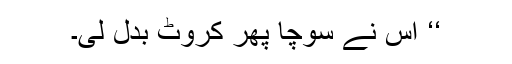
‘‘ اس نے سوچا پھر کروٹ بدل لی۔